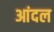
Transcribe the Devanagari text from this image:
आंदल